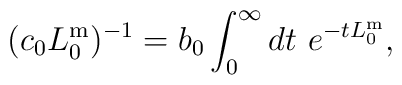
(c_0L_0^{\mathrm{m}})^{-1}=b_0\int_0^{\infty}dt\ e^{-tL_0^{\mathrm{m}}},